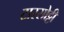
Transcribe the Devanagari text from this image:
टास्सोट्टी